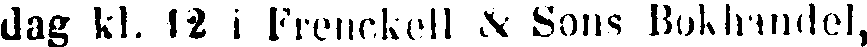
dag kl. 12 i Frenckell & Sons Bokhandel,